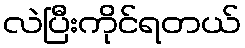
လဲပြီးကိုင်ရတယ်